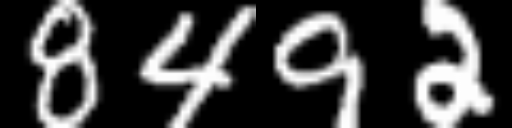
Text: 8492